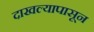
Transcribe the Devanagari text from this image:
दाखल्यापासून